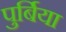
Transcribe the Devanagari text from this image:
पुर्बिया